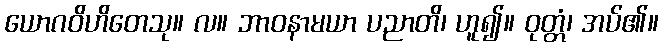
ယောဂဝိဟိတေသု။ လ။ ဘာဝနာမယာ ပညာတိ၊ ဟူ၍။ ဝုတ္တံ၊ အပ်၏။